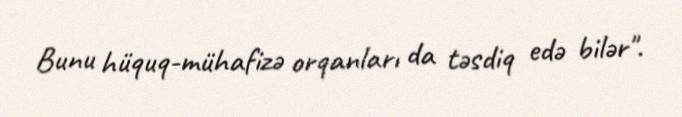
Bunu hüquq-mühafizə orqanları da təsdiq edə bilər".